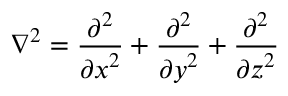
\nabla ^ { 2 } = { \frac { \partial ^ { 2 } } { { \partial x } ^ { 2 } } } + { \frac { \partial ^ { 2 } } { { \partial y } ^ { 2 } } } + { \frac { \partial ^ { 2 } } { { \partial z } ^ { 2 } } }